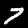
Digit: 7